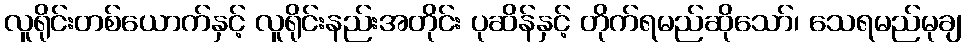
လူရိုင်းတစ်ယောက်နှင့် လူရိုင်းနည်းအတိုင်း ပုဆိန်နှင့် တိုက်ရမည်ဆိုသော်၊ သေရမည်မုချ